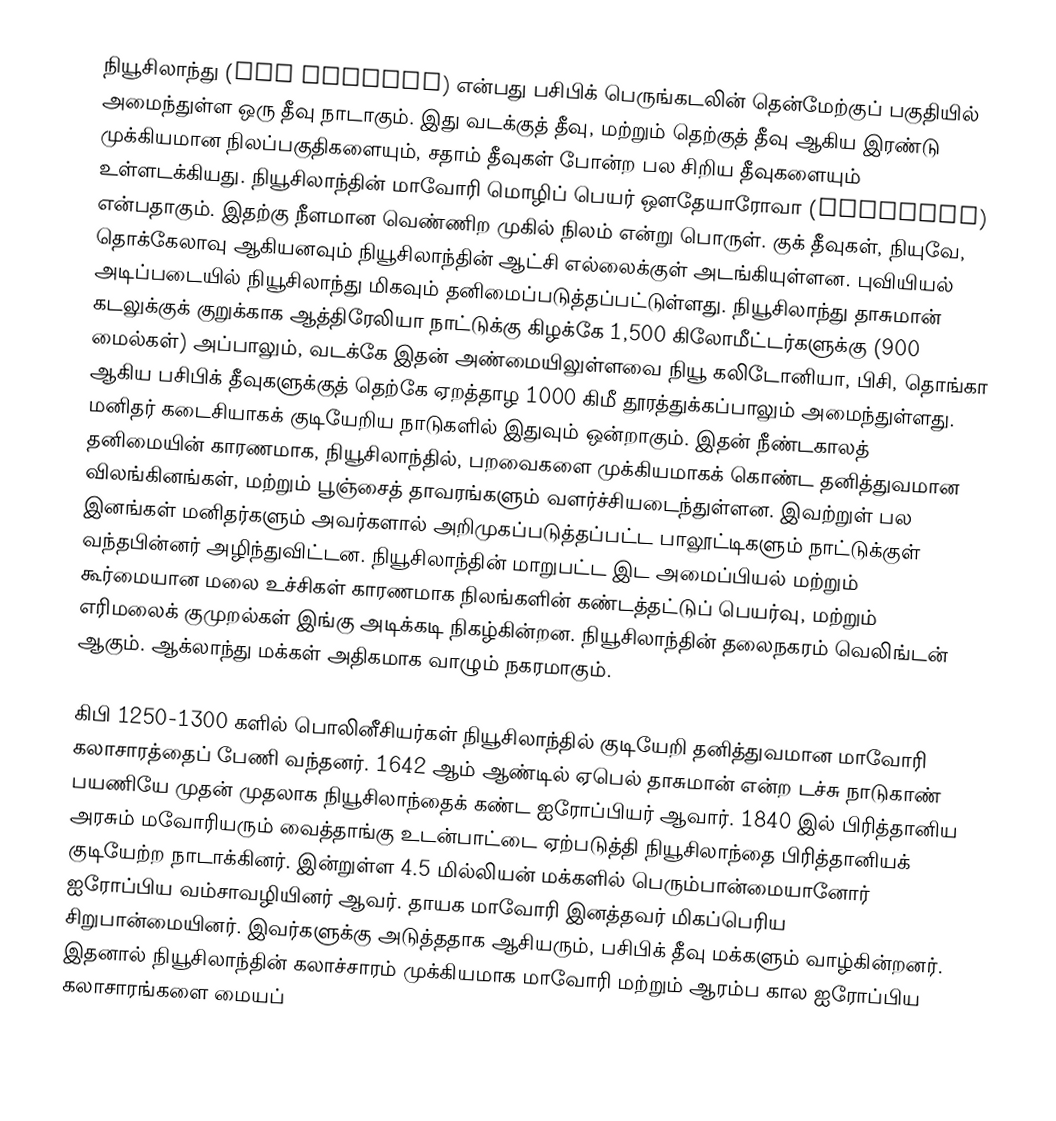
நியூசிலாந்து (New Zealand) என்பது பசிபிக் பெருங்கடலின் தென்மேற்குப் பகுதியில் அமைந்துள்ள ஒரு தீவு நாடாகும். இது வடக்குத் தீவு, மற்றும் தெற்குத் தீவு ஆகிய இரண்டு முக்கியமான நிலப்பகுதிகளையும், சதாம் தீவுகள் போன்ற பல சிறிய தீவுகளையும் உள்ளடக்கியது. நியூசிலாந்தின் மாவோரி மொழிப் பெயர் ஔதேயாரோவா (Aotearoa) என்பதாகும். இதற்கு நீளமான வெண்ணிற முகில் நிலம் என்று பொருள். குக் தீவுகள், நியுவே, தொக்கேலாவு ஆகியனவும் நியூசிலாந்தின் ஆட்சி எல்லைக்குள் அடங்கியுள்ளன. புவியியல் அடிப்படையில் நியூசிலாந்து மிகவும் தனிமைப்படுத்தப்பட்டுள்ளது. நியூசிலாந்து தாசுமான் கடலுக்குக் குறுக்காக ஆத்திரேலியா நாட்டுக்கு கிழக்கே 1,500 கிலோமீட்டர்களுக்கு (900 மைல்கள்) அப்பாலும், வடக்கே இதன் அண்மையிலுள்ளவை நியூ கலிடோனியா, பிசி, தொங்கா ஆகிய பசிபிக் தீவுகளுக்குத் தெற்கே ஏறத்தாழ 1000 கிமீ தூரத்துக்கப்பாலும் அமைந்துள்ளது. மனிதர் கடைசியாகக் குடியேறிய நாடுகளில் இதுவும் ஒன்றாகும். இதன் நீண்டகாலத் தனிமையின் காரணமாக, நியூசிலாந்தில், பறவைகளை முக்கியமாகக் கொண்ட தனித்துவமான விலங்கினங்கள், மற்றும் பூஞ்சைத் தாவரங்களும் வளர்ச்சியடைந்துள்ளன. இவற்றுள் பல இனங்கள் மனிதர்களும் அவர்களால் அறிமுகப்படுத்தப்பட்ட பாலூட்டிகளும் நாட்டுக்குள் வந்தபின்னர் அழிந்துவிட்டன. நியூசிலாந்தின் மாறுபட்ட இட அமைப்பியல் மற்றும் கூர்மையான மலை உச்சிகள் காரணமாக நிலங்களின் கண்டத்தட்டுப் பெயர்வு, மற்றும் எரிமலைக் குமுறல்கள் இங்கு அடிக்கடி நிகழ்கின்றன. நியூசிலாந்தின் தலைநகரம் வெலிங்டன் ஆகும். ஆக்லாந்து மக்கள் அதிகமாக வாழும் நகரமாகும்.

கிபி 1250-1300 களில் பொலினீசியர்கள் நியூசிலாந்தில் குடியேறி தனித்துவமான மாவோரி கலாசாரத்தைப் பேணி வந்தனர். 1642 ஆம் ஆண்டில் ஏபெல் தாசுமான் என்ற டச்சு நாடுகாண் பயணியே முதன் முதலாக நியூசிலாந்தைக் கண்ட ஐரோப்பியர் ஆவார். 1840 இல் பிரித்தானிய அரசும் மவோரியரும் வைத்தாங்கு உடன்பாட்டை ஏற்படுத்தி நியூசிலாந்தை பிரித்தானியக் குடியேற்ற நாடாக்கினர். இன்றுள்ள 4.5 மில்லியன் மக்களில் பெரும்பான்மையானோர் ஐரோப்பிய வம்சாவழியினர் ஆவர். தாயக மாவோரி இனத்தவர் மிகப்பெரிய சிறுபான்மையினர். இவர்களுக்கு அடுத்ததாக ஆசியரும், பசிபிக் தீவு மக்களும் வாழ்கின்றனர். இதனால் நியூசிலாந்தின் கலாச்சாரம் முக்கியமாக மாவோரி மற்றும் ஆரம்ப கால ஐரோப்பிய கலாசாரங்களை மையப்